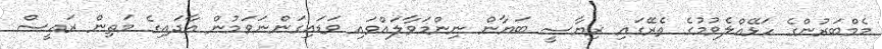
މެމްބަރުންގެ ހަޅޭއްލެވުމުގެ ތެރޭގައި ރިޔާސީ ބަޔާން ނިންމަވާލައްވައި ވަޑައިގަންނަވަމުން އާދައިގެ މަތިން ރައީސް